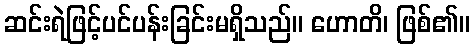
ဆင်းရဲဖြင့်ပင်ပန်းခြင်းမရှိသည်။ ဟောတိ၊ ဖြစ်၏။